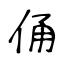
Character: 俑